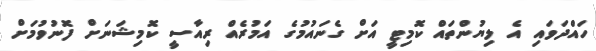
ހައްދަވައި އެ ލިޔުންތައް ކޮމިޓީ އަށް ގެނައުމުގެ އަމުރެއް ރިއާސީ ކޮމިޝަނަށް ފޮނުވުމަށް